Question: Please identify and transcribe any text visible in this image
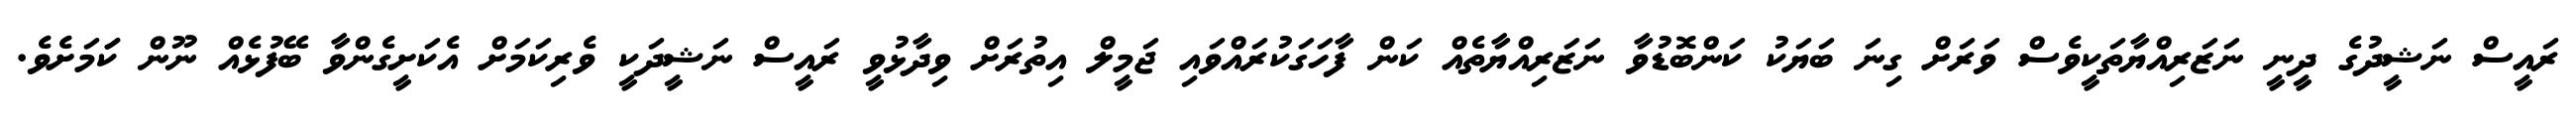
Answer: ރައީސް ނަޝީދުގެ ދީނީ ނަޒަރިއްޔާތަކީވެސް ވަރަށް ގިނަ ބަޔަކު ކަންބޮޑުވާ ނަޒަރިއްޔާތެއް ކަން ފާހަގަކުރައްވައި ޖަމީލް އިތުރަށް ވިދާޅުވީ ރައީސް ނަޝީދަކީ ވެރިކަމަށް އެކަށީގެންވާ ބޭފުޅެއް ނޫން ކަަމަށެވެ.